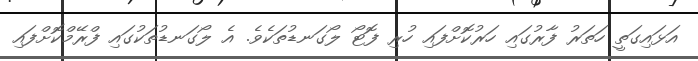
އަޅައިގަތީ ހަތަރު ފާރުގައި ހަރުކޮށްފައި ހުރި ފޮޓޯ ލޯގަނޑުތަކެވެ. އެ ލޯގަނޑުތަކުގައި ފްރޭމްކޮށްފައި